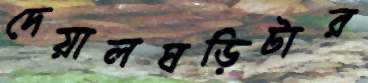
দেয়ালঘড়িটার